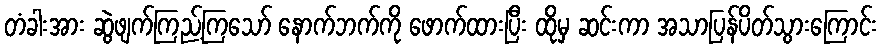
တံခါးအား ဆွဲဖျက်ကြည့်ကြသော် နောက်ဘက်ကို ဖောက်ထားပြီး ထိုမှ ဆင်းကာ အသာပြန်ပိတ်သွားကြောင်း